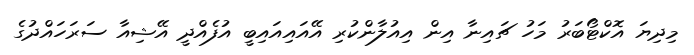
މިދިޔަ އޮކްޓޯބަރު މަހު ޗައިނާ އިން އިއުލާންކުރި އޭއައިއައިބީ އުފެއްދީ އޭޝިއާ ސަރަހައްދުގެ